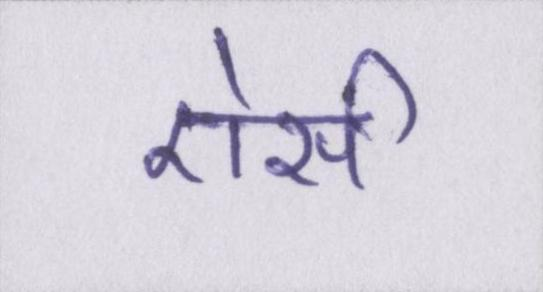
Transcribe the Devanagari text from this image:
ऐसी